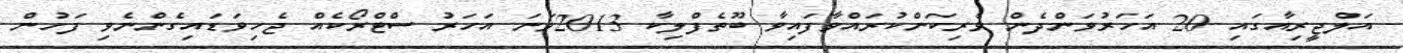
އަލްޖީރިއާގައި 20 އަހަރުވަންދެން ވެރިކަންކުރައްވާފައިވާ ބޫތެފްލިކާ 2013ވަަނަ އަހަރު ސްްޓްރޯކެއް ޖެހިވަޑައިގެންނެވި ފަހުން